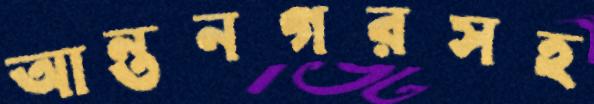
আন্তনগরসহ